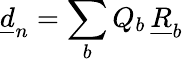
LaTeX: \underline{{d}}_{n}=\sum_{b}Q_{b}\, \underline{{R}}_{b}